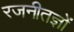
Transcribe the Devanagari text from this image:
रजनीतज्ञों